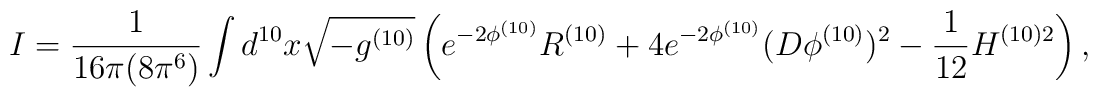
I = \frac{1}{16 \pi (8\pi^6) } \int d^{10} x  \sqrt{-g^{(10)}} \left( e^{-2 \phi^{(10)}} R^{(10)}  + 4 e^{-2 \phi^{(10)}} (D \phi^{(10)} )^2 - \frac{1}{12} H^{(10) 2} \right) ,